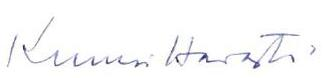
Kunnioittavasti